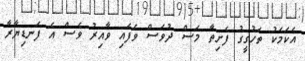
އެކަމަކު ތަހުގީގު ފެށިތާ މަސް ދުވަސް ވެފައި ވާއިރު ވެސް އެ ފަނޑިޔާރާ